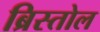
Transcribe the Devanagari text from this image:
ब्रिस्तोल